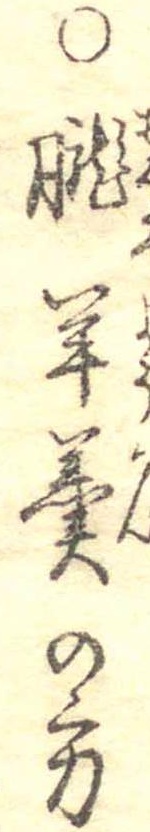
○朧羊羹の方